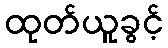
ထုတ်ယူခွင့်